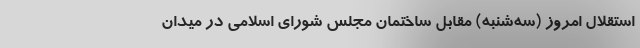
استقلال امروز (سه‌شنبه) مقابل ساختمان مجلس شورای اسلامی در میدان